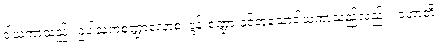
ဒါယကာသည်။ ဥပါသကစဏ္ဍာလောစ၊ ဒွန်းစဏ္ဍားနှင့်တူသောဒါယကာသည်လည်း။ ဟောတိ၊